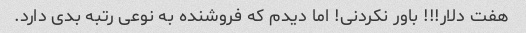
هفت دلار!!! باور نکردنی! اما دیدم که فروشنده به نوعی رتبه بدی دارد.